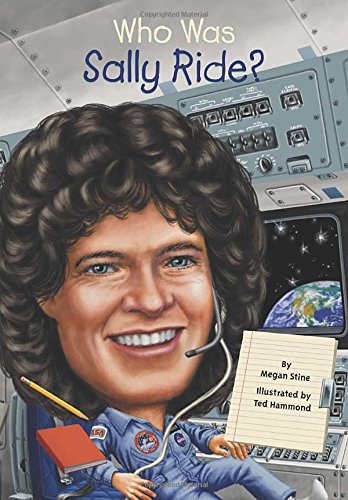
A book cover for Who Was Sally Ride?; Megan Stine; Children's Books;